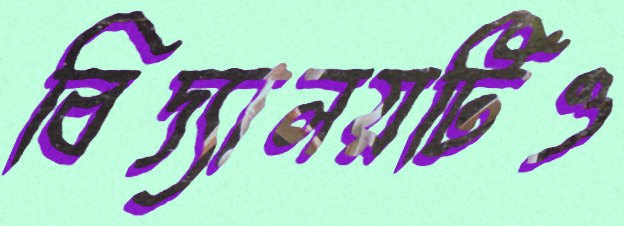
বিদ্যালয়টিও